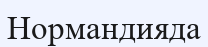
Нормандияда